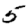
Digit: 5